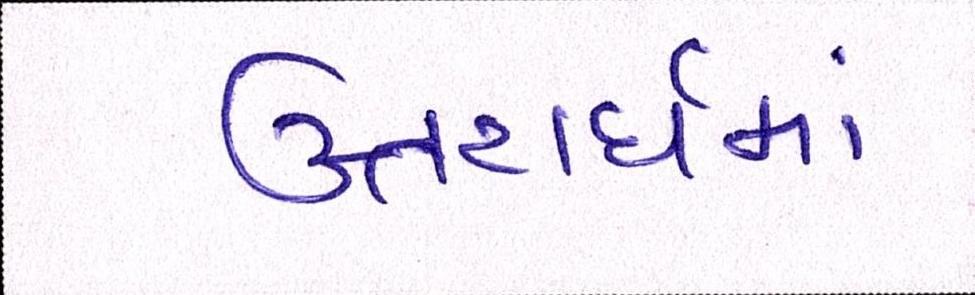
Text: ઉત્તરાર્ધમાં